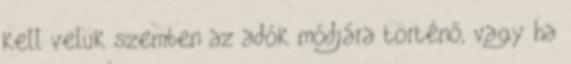
kell velük szemben az adók módjára történő, vagy ha